Bréfritari: Páll Magnússon
Viðtakandi: Jón Borgfirðingur
Dagsetning: A-1865-10-15
Skrifað á: Kjarna  Eyf.

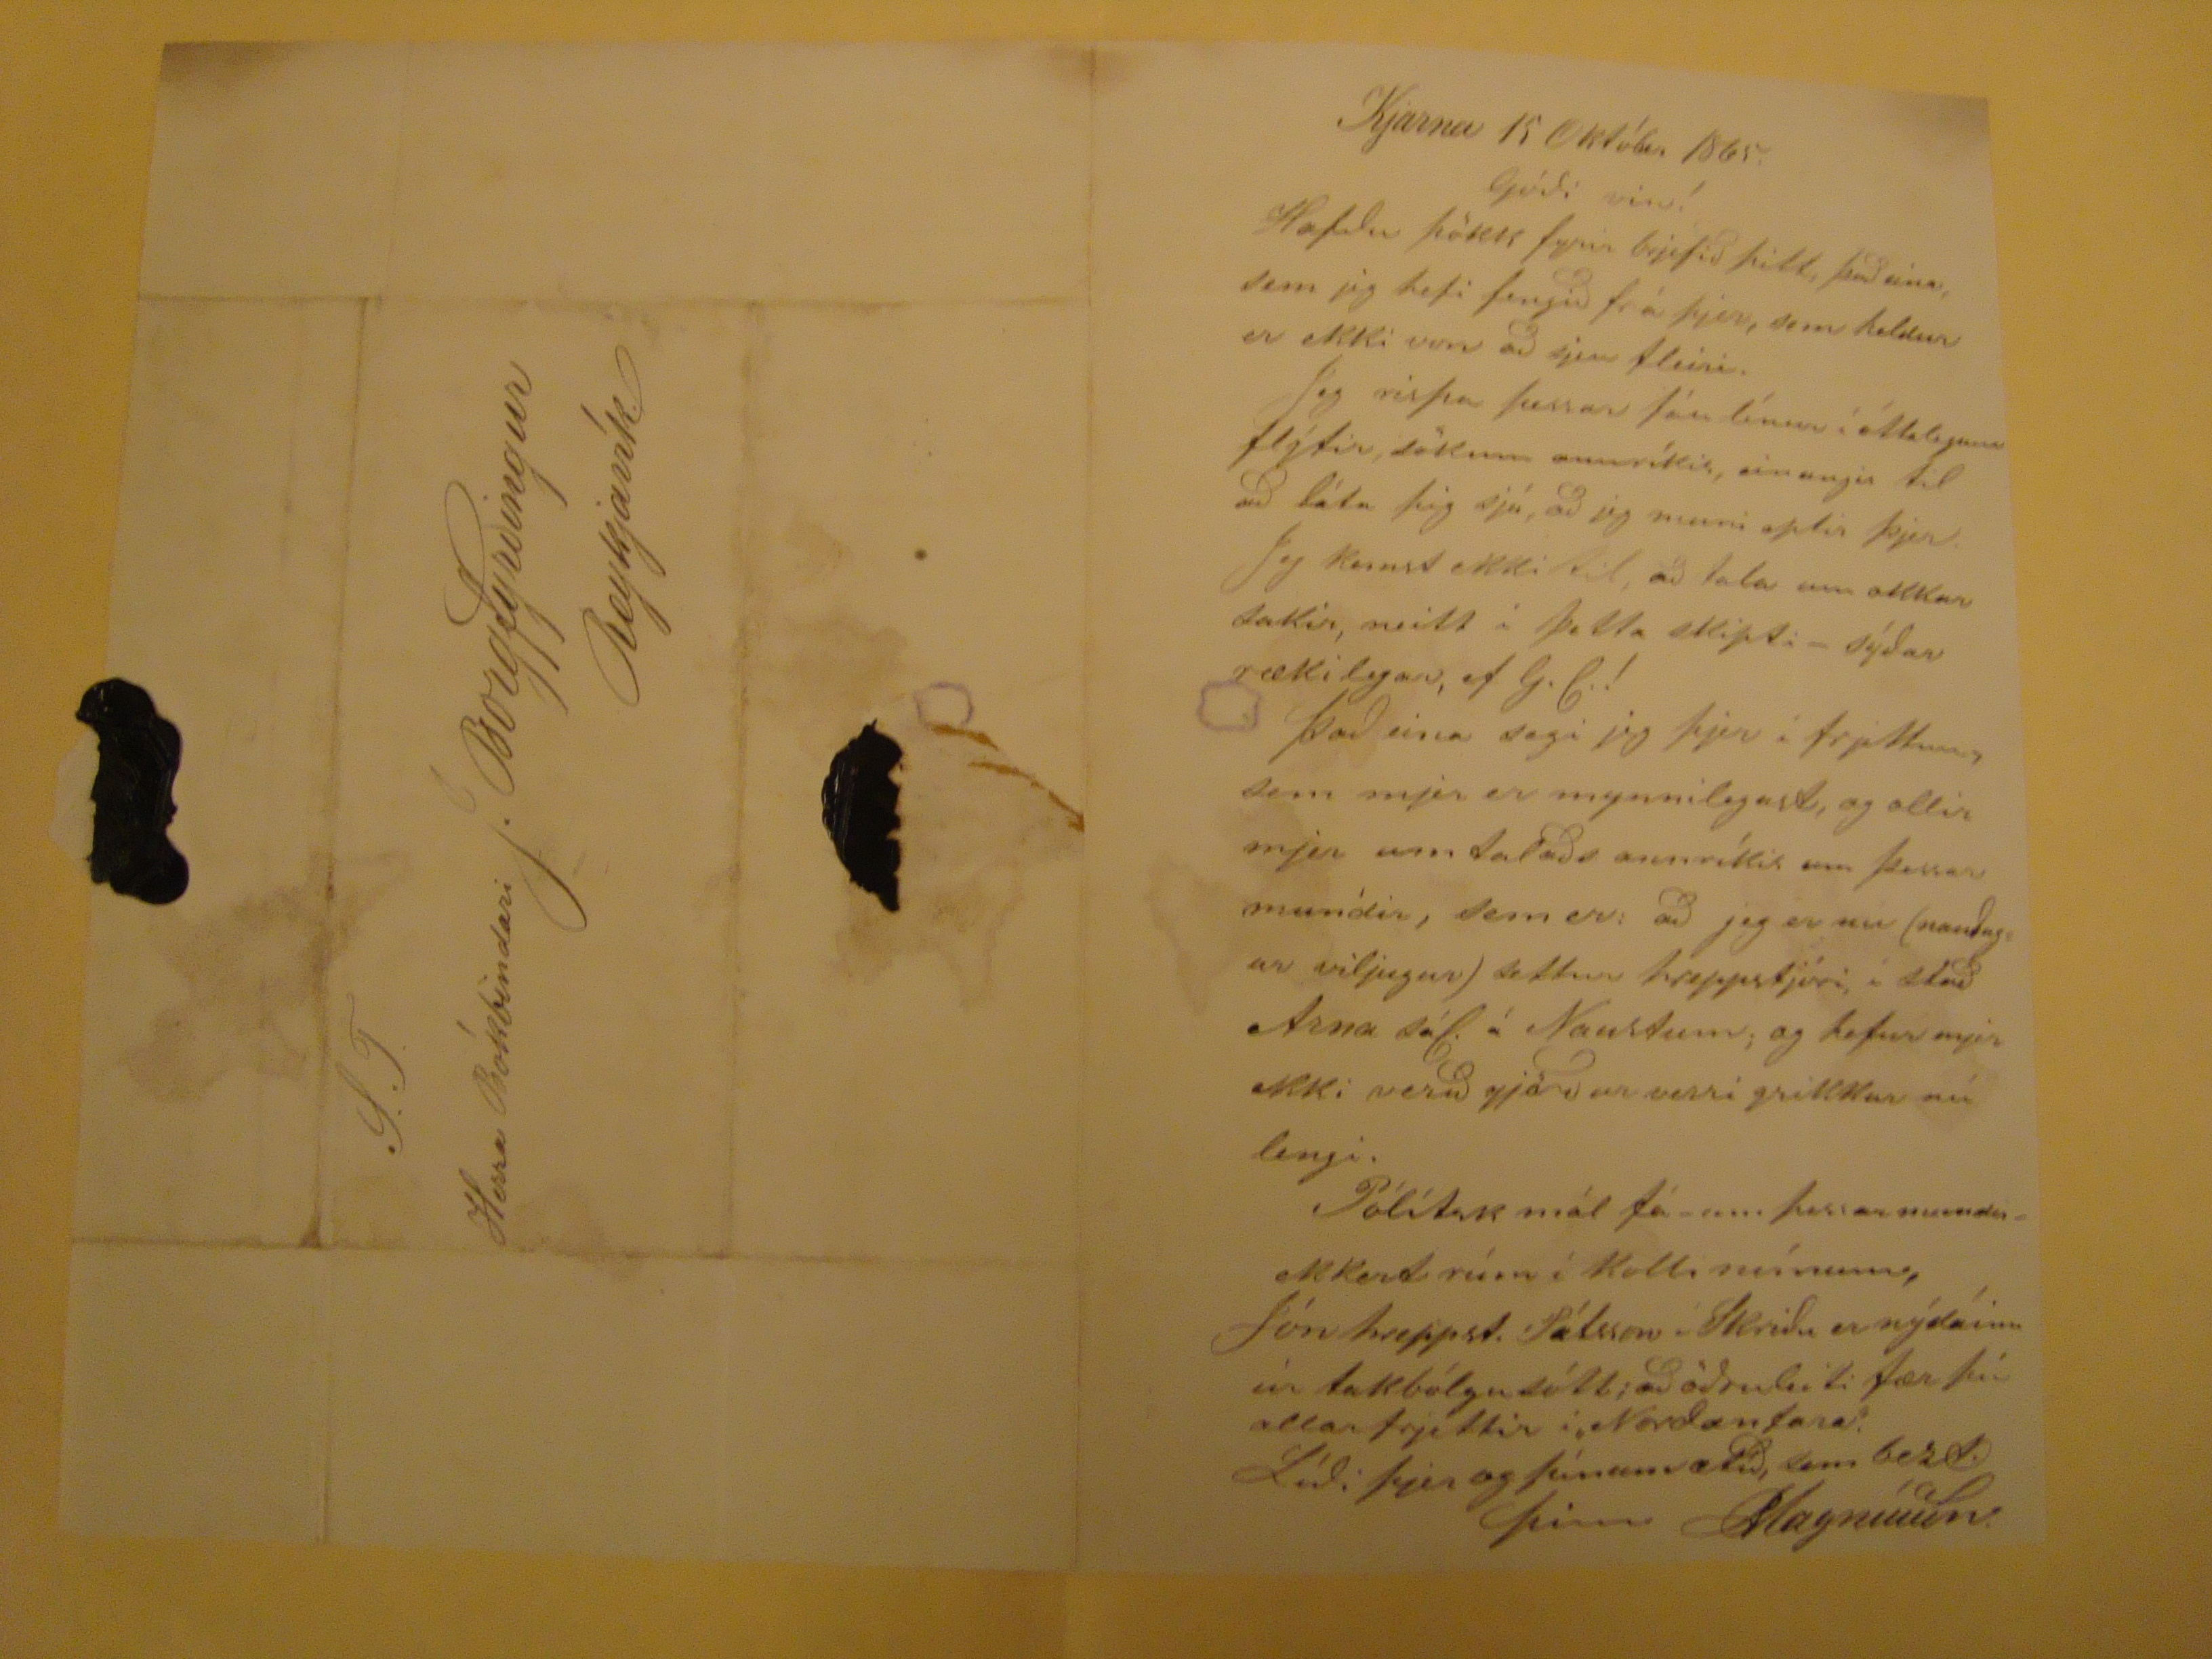

Kjarna 15 Október 1865.
Gódi vin!
Hafdu þökk fyrir brjefid þitt, þad eina, sem jeg hefi fengid frá þjer, sem heldur er ekki von ad sjeu fleiri.
Jeg risfa þessar fáu línur í óttalegum flýtir, sökum annríkis, einungis til ad láta þig sjá, ad jeg muni eptir þjer.
Jeg kemst ekki til ad láta um okkar sakir, neitt í þetta skipti sýdar rækilegar,
af G. J
!
þad eina segi jeg þjer i frjettum, sem mjer er mynnilegast, og ollir mjer umtalads annríkis um þessar mundir, sem er; ad jeg er nu (naudugar viljugur) settur hreppstjóri í stad Arna sál. á Naustum; og hefur mjer ekki verid gjördur verri grikkur nú lengi.
Pólítak mál fá um þessar mundir ekkert rúm í kolli mínum, Jón hreppst. Pálsson Skridu er nýdáinn úr takbólgusólb; ad ödruleiti fær þú allar frjettir i Nordanfara.
Lídi þjer og þínum ætíd, sem best.
þinn Magnússon
S.T.
Herra Bókbindari J. Borgfyrdingur
Reykjavík